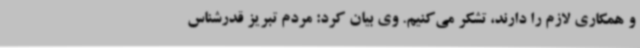
و همکاری لازم را دارند، تشکر می‌کنیم. وی بیان کرد: مردم تبریز قدرشناس